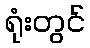
ရုံးတွင်